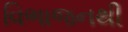
વિભાજનથી